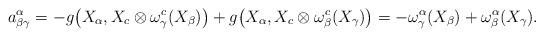
LaTeX: \begin{align*}a_{\beta \gamma}^{\alpha} &= -g\big{(} X_{\alpha}, X_{c} \otimes \omega_{\gamma}^{c}(X_{\beta}) \big{)}+g\big{(} X_{\alpha}, X_{c} \otimes \omega_{\beta}^{c} (X_{\gamma}) \big{)}=- \omega_{\gamma}^{\alpha}(X_{\beta})+ \omega_{\beta}^{\alpha}(X_{\gamma}). \end{align*}